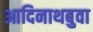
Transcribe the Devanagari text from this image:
आदिनाथबुवा